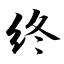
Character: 终